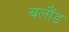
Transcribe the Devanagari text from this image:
बलौंड